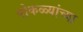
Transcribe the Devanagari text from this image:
पोकळ्यांच्या